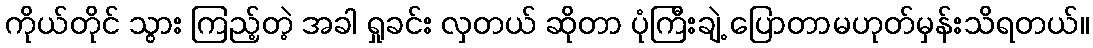
ကိုယ်တိုင် သွား ကြည့်တဲ့ အခါ ရှုခင်း လှတယ် ဆိုတာ ပုံကြီးချဲ့ ပြောတာမဟုတ်မှန်းသိရတယ်။